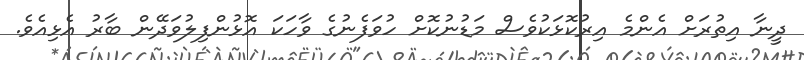
ދީނާ އިތުރަށް އެންމެ އިރުކޮޅަކުވެސް މަޑުނުކޮށް ހުވަފެނުގެ ވާހަކަ އޮޅުންފިލުވަދޭން ބާރު އެޅިއެވެ.